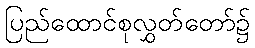
ပြည်ထောင်စုလွှတ်တော်၌